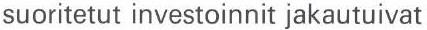
suoritetut investoinnit jakautuivat